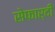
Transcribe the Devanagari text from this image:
सेफार्दी